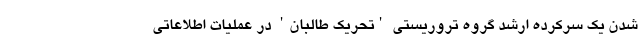
شدن یک سرکرده ارشد گروه تروریستی 'تحریک طالبان' در عملیات اطلاعاتی